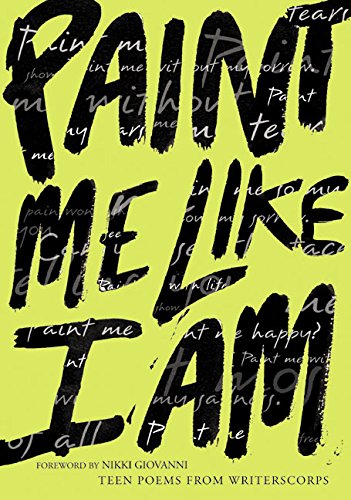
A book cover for Paint Me Like I Am: Teen Poems from WritersCorps; Bill Aguado; Teen & Young Adult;